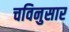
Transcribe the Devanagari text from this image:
चविनुसार